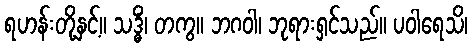
ရဟန်းတို့နှင့်။ သဒ္ဓိံ၊ တကွ။ ဘဂဝါ၊ ဘုရားရှင်သည်။ ပဝါရေသိ၊